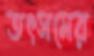
তৎসমের